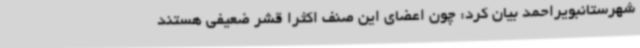
شهرستانبویراحمد بیان کرد: چون اعضای این صنف اکثرا قشر ضعیفی هستند